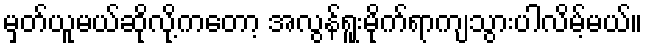
မှတ်ယူမယ်ဆိုလို့ကတော့ အလွန်ရူးမိုက်ရာကျသွားပါလိမ့်မယ်။